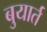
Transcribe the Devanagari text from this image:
बुयार्त